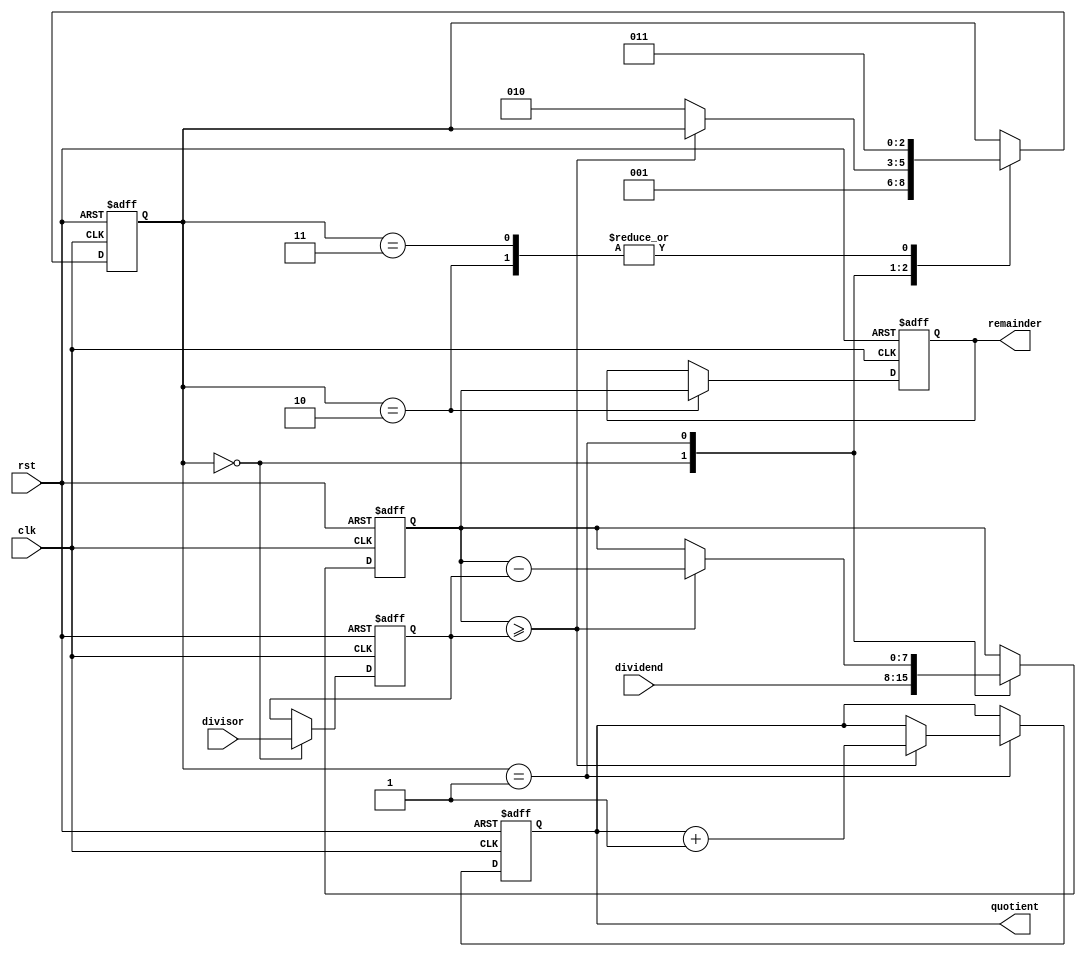
module RestoringDivider(
    input wire clk,
    input wire rst,
    input wire [7:0] dividend,
    input wire [7:0] divisor,
    output wire [7:0] quotient,
    output wire [7:0] remainder
);

reg [7:0] dividend_reg;
reg [7:0] divisor_reg;
reg [7:0] quotient_reg;
reg [7:0] remainder_reg;
reg [2:0] state;

always @(posedge clk or posedge rst) begin
    if (rst) begin
        // Initialize registers and state
        dividend_reg <= 8'b0;
        divisor_reg <= 8'b0;
        quotient_reg <= 8'b0;
        remainder_reg <= 8'b0;
        state <= 3'b0;
    end else begin
        case(state)
            3'b000: begin // state 0: Load dividend and divisor
                dividend_reg <= dividend;
                divisor_reg <= divisor;
                state <= 3'b001;
            end
            3'b001: begin // state 1: Perform division
                if (dividend_reg >= divisor_reg) begin
                    quotient_reg <= quotient_reg + 1;
                    dividend_reg <= dividend_reg - divisor_reg;
                end else begin
                    state <= 3'b010;
                end
            end
            3'b010: begin // state 2: Update remainder
                remainder_reg <= dividend_reg;
                state <= 3'b011;
            end
            3'b011: begin // state 3: Done
                state <= 3'b011;
            end
        endcase
    end
end

assign quotient = quotient_reg;
assign remainder = remainder_reg;

endmodule